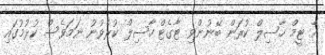
އެ ޓީމް ހާސިލް ކުރަން ބޭނުންވި ޓާގެޓް ހާސިލް ކުރެވުނު ނަމަވެސް ކުޅުމުގައި